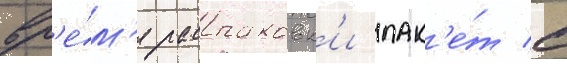
вр'е́м'я распаковк'и пак'е́т с